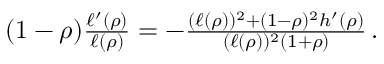
\begin{array} { r } { ( 1 - \rho ) \frac { \ell ^ { \prime } ( \rho ) } { \ell ( \rho ) } = - \frac { ( \ell ( \rho ) ) ^ { 2 } + ( 1 - \rho ) ^ { 2 } h ^ { \prime } ( \rho ) } { ( \ell ( \rho ) ) ^ { 2 } ( 1 + \rho ) } \, . } \end{array}